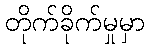
တိုက်ခိုက်မှုမှာ